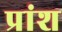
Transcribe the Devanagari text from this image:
प्रांश